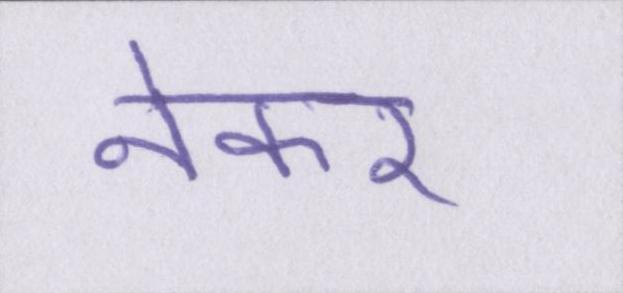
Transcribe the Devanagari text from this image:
नेकर